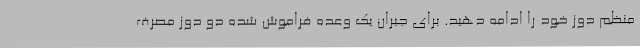
منظم دوز خود را ادامه دهید. برای جبران یک وعده فراموش شده دو دوز مصرف